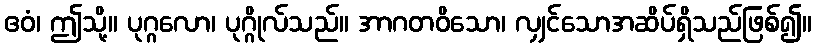
ဧဝံ၊ ဤသို့။ ပုဂ္ဂလော၊ ပုဂ္ဂိုလ်သည်။ အာဂတဝိသော၊ လျှင်သောအဆိပ်ရှိသည်ဖြစ်၍။